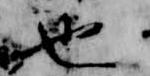
也